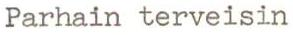
Parhain terveisin